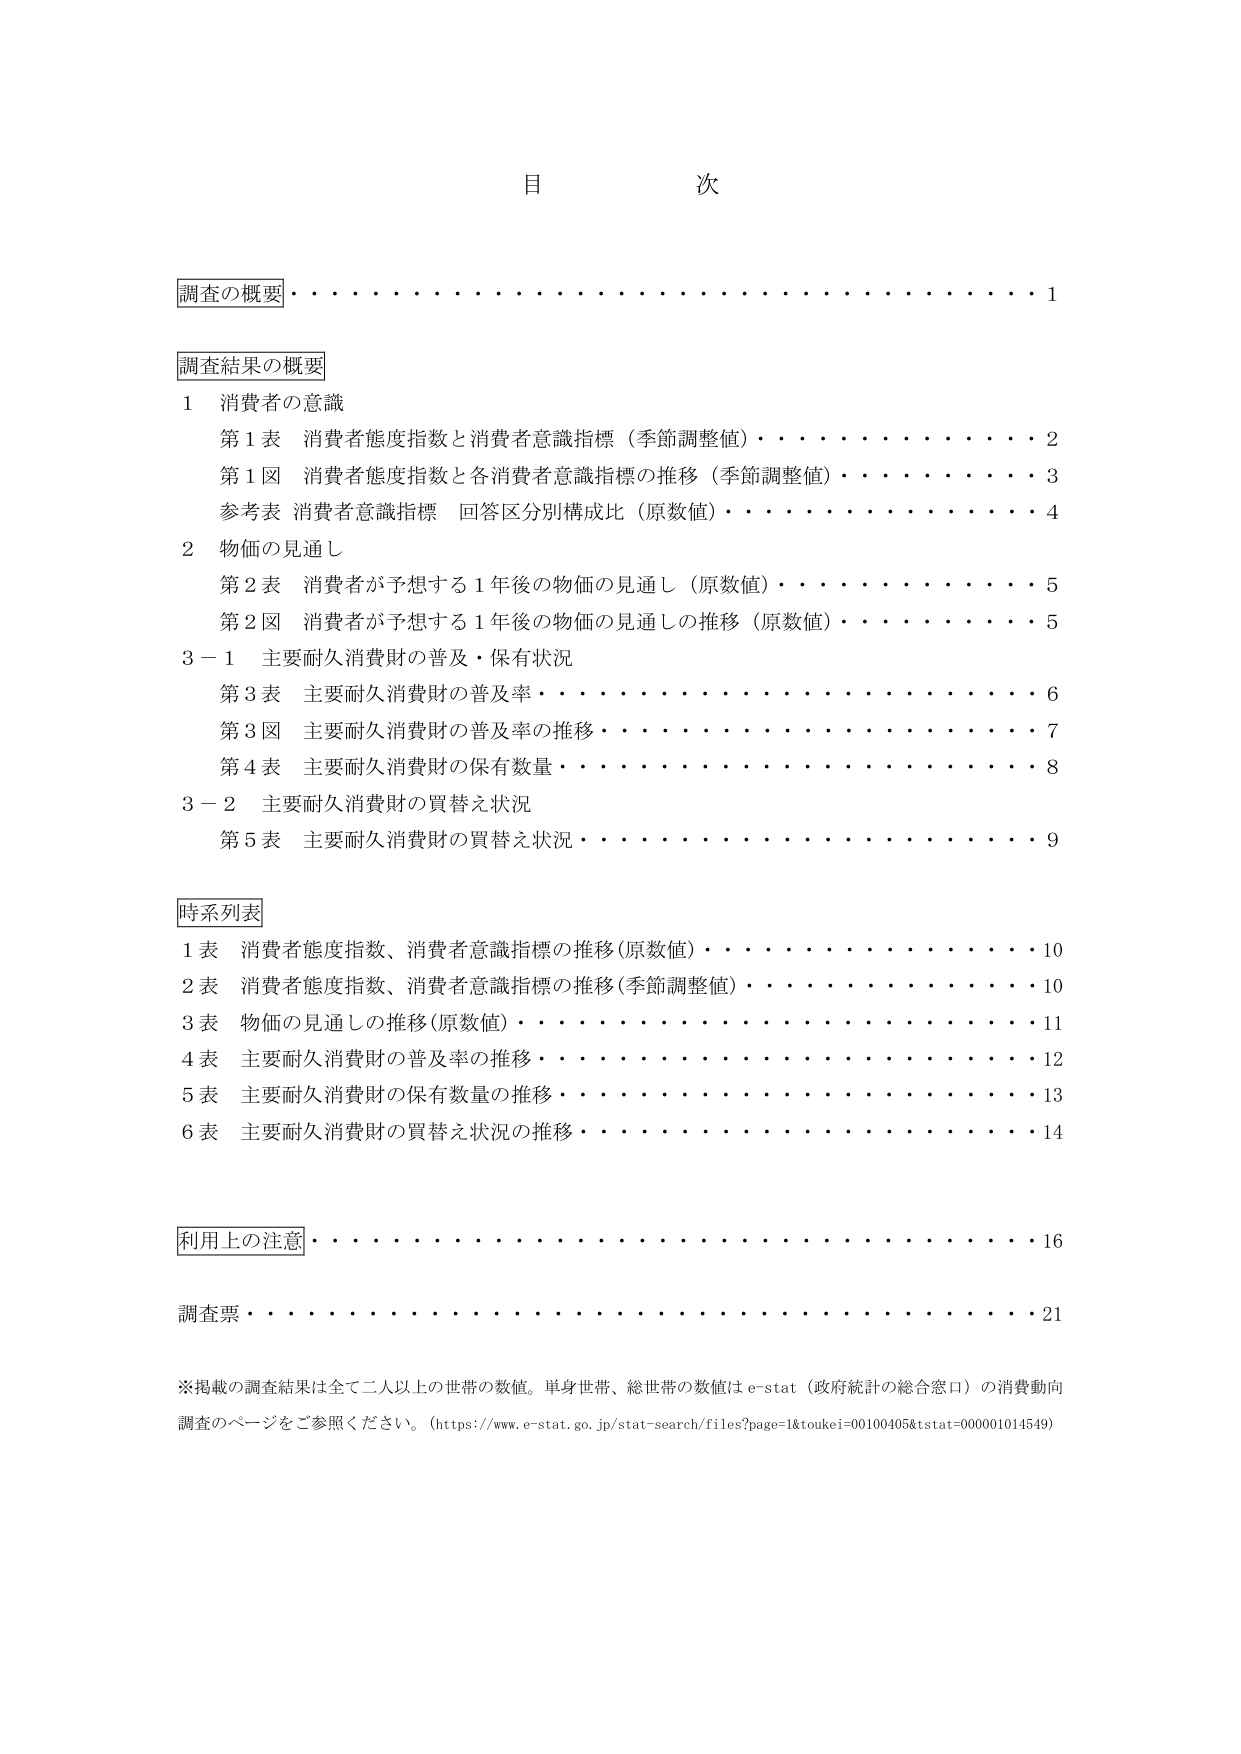
目 次

調査の概要・・・・・・・・・・・・・・・・・・・・・・・・・・・・・・・・・・1

調査結果の概要
1 消費者の意識
　第1表 消費者態度指数と消費者意識指標（季節調整値）・・・・・・・・・・・・・・2
　第1図 消費者態度指数と各消費者意識指標の推移（季節調整値）・・・・・・・・・・3
　参考表 消費者意識指標 回答区分別構成比（原数値）・・・・・・・・・・・・・・4
2 物価の見通し
　第2表 消費者が予想する1年後の物価の見通し（原数値）・・・・・・・・・・・・5
　第2図 消費者が予想する1年後の物価の見通しの推移（原数値）・・・・・・・・・・5
3－1 主要耐久消費財の普及・保有状況
　第3表 主要耐久消費財の普及率・・・・・・・・・・・・・・・・・・・・・・・・6
　第3図 主要耐久消費財の普及率の推移・・・・・・・・・・・・・・・・・・・・・・7
　第4表 主要耐久消費財の保有数量・・・・・・・・・・・・・・・・・・・・・・・・8
3－2 主要耐久消費財の買替え状況
　第5表 主要耐久消費財の買替え状況・・・・・・・・・・・・・・・・・・・・・・9

時系列表
1表 消費者態度指数、消費者意識指標の推移（原数値）・・・・・・・・・・・・・・10
2表 消費者態度指数、消費者意識指標の推移（季節調整値）・・・・・・・・・・・・10
3表 物価の見通しの推移（原数値）・・・・・・・・・・・・・・・・・・・・・・・・11
4表 主要耐久消費財の普及率の推移・・・・・・・・・・・・・・・・・・・・・・・・12
5表 主要耐久消費財の保有数量の推移・・・・・・・・・・・・・・・・・・・・・・・13
6表 主要耐久消費財の買替え状況の推移・・・・・・・・・・・・・・・・・・・・・・14

利用上の注意・・・・・・・・・・・・・・・・・・・・・・・・・・・・・・・・・・16

調査票・・・・・・・・・・・・・・・・・・・・・・・・・・・・・・・・・・・・21

※掲載の調査結果は全て二人以上の世帯の数値。単身世帯、総世帯の数値はe-stat（政府統計の総合窓口）の消費動向調査のページをご参照ください。（https://www.e-stat.go.jp/stat-search/files?page=1&toukei=00100405&tstat=000001014549）